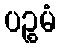
ပဉ္စမံ